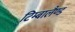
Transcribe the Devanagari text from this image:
टिम्बालैण्ड